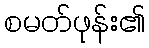
စမတ်ဖုန်း၏